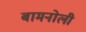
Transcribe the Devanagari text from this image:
बामनोली